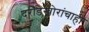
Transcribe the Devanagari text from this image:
दरोडेखोरांचाही